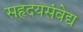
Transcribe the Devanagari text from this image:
सहृदयसंवेद्य